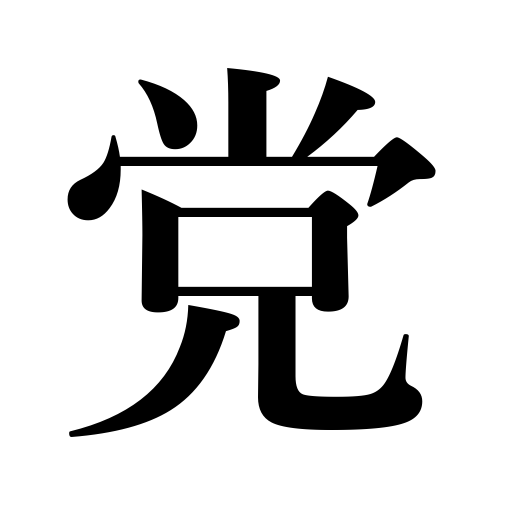
Meanings: companions,clique,faction,party